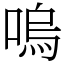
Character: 嗚